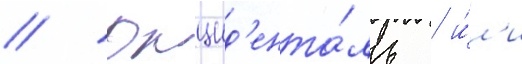
// Окцид'ента́ль / и́л'и